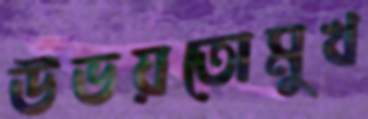
উভয়তোমুখ